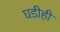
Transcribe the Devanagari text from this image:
घडीही